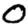
Digit: 0